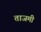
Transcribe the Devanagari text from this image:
ताजमी